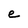
Character: e